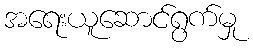
အရေးယူဆောင်ရွက်မှု